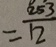
= \frac { 2 5 3 } { 1 2 }